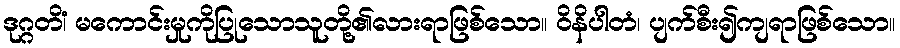
ဒုဂ္ဂတိံ၊ မကောင်းမှုကိုပြုသောသူတို့၏လားရာဖြစ်သော။ ဝိနိပါတံ၊ ပျက်စီး၍ကျရာဖြစ်သော။